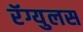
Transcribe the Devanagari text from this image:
रॅग्युलस